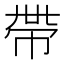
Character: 帶